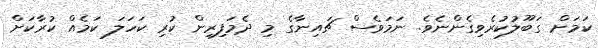
ކަމަށް ގަބޫލުކުރެވިގެންނެވެ. ނަމަވެސް ޗައިނާގެ މި ދެމަފިރިން ކުރި ކަހަލަ ކަމެއް ކުރާކަށް